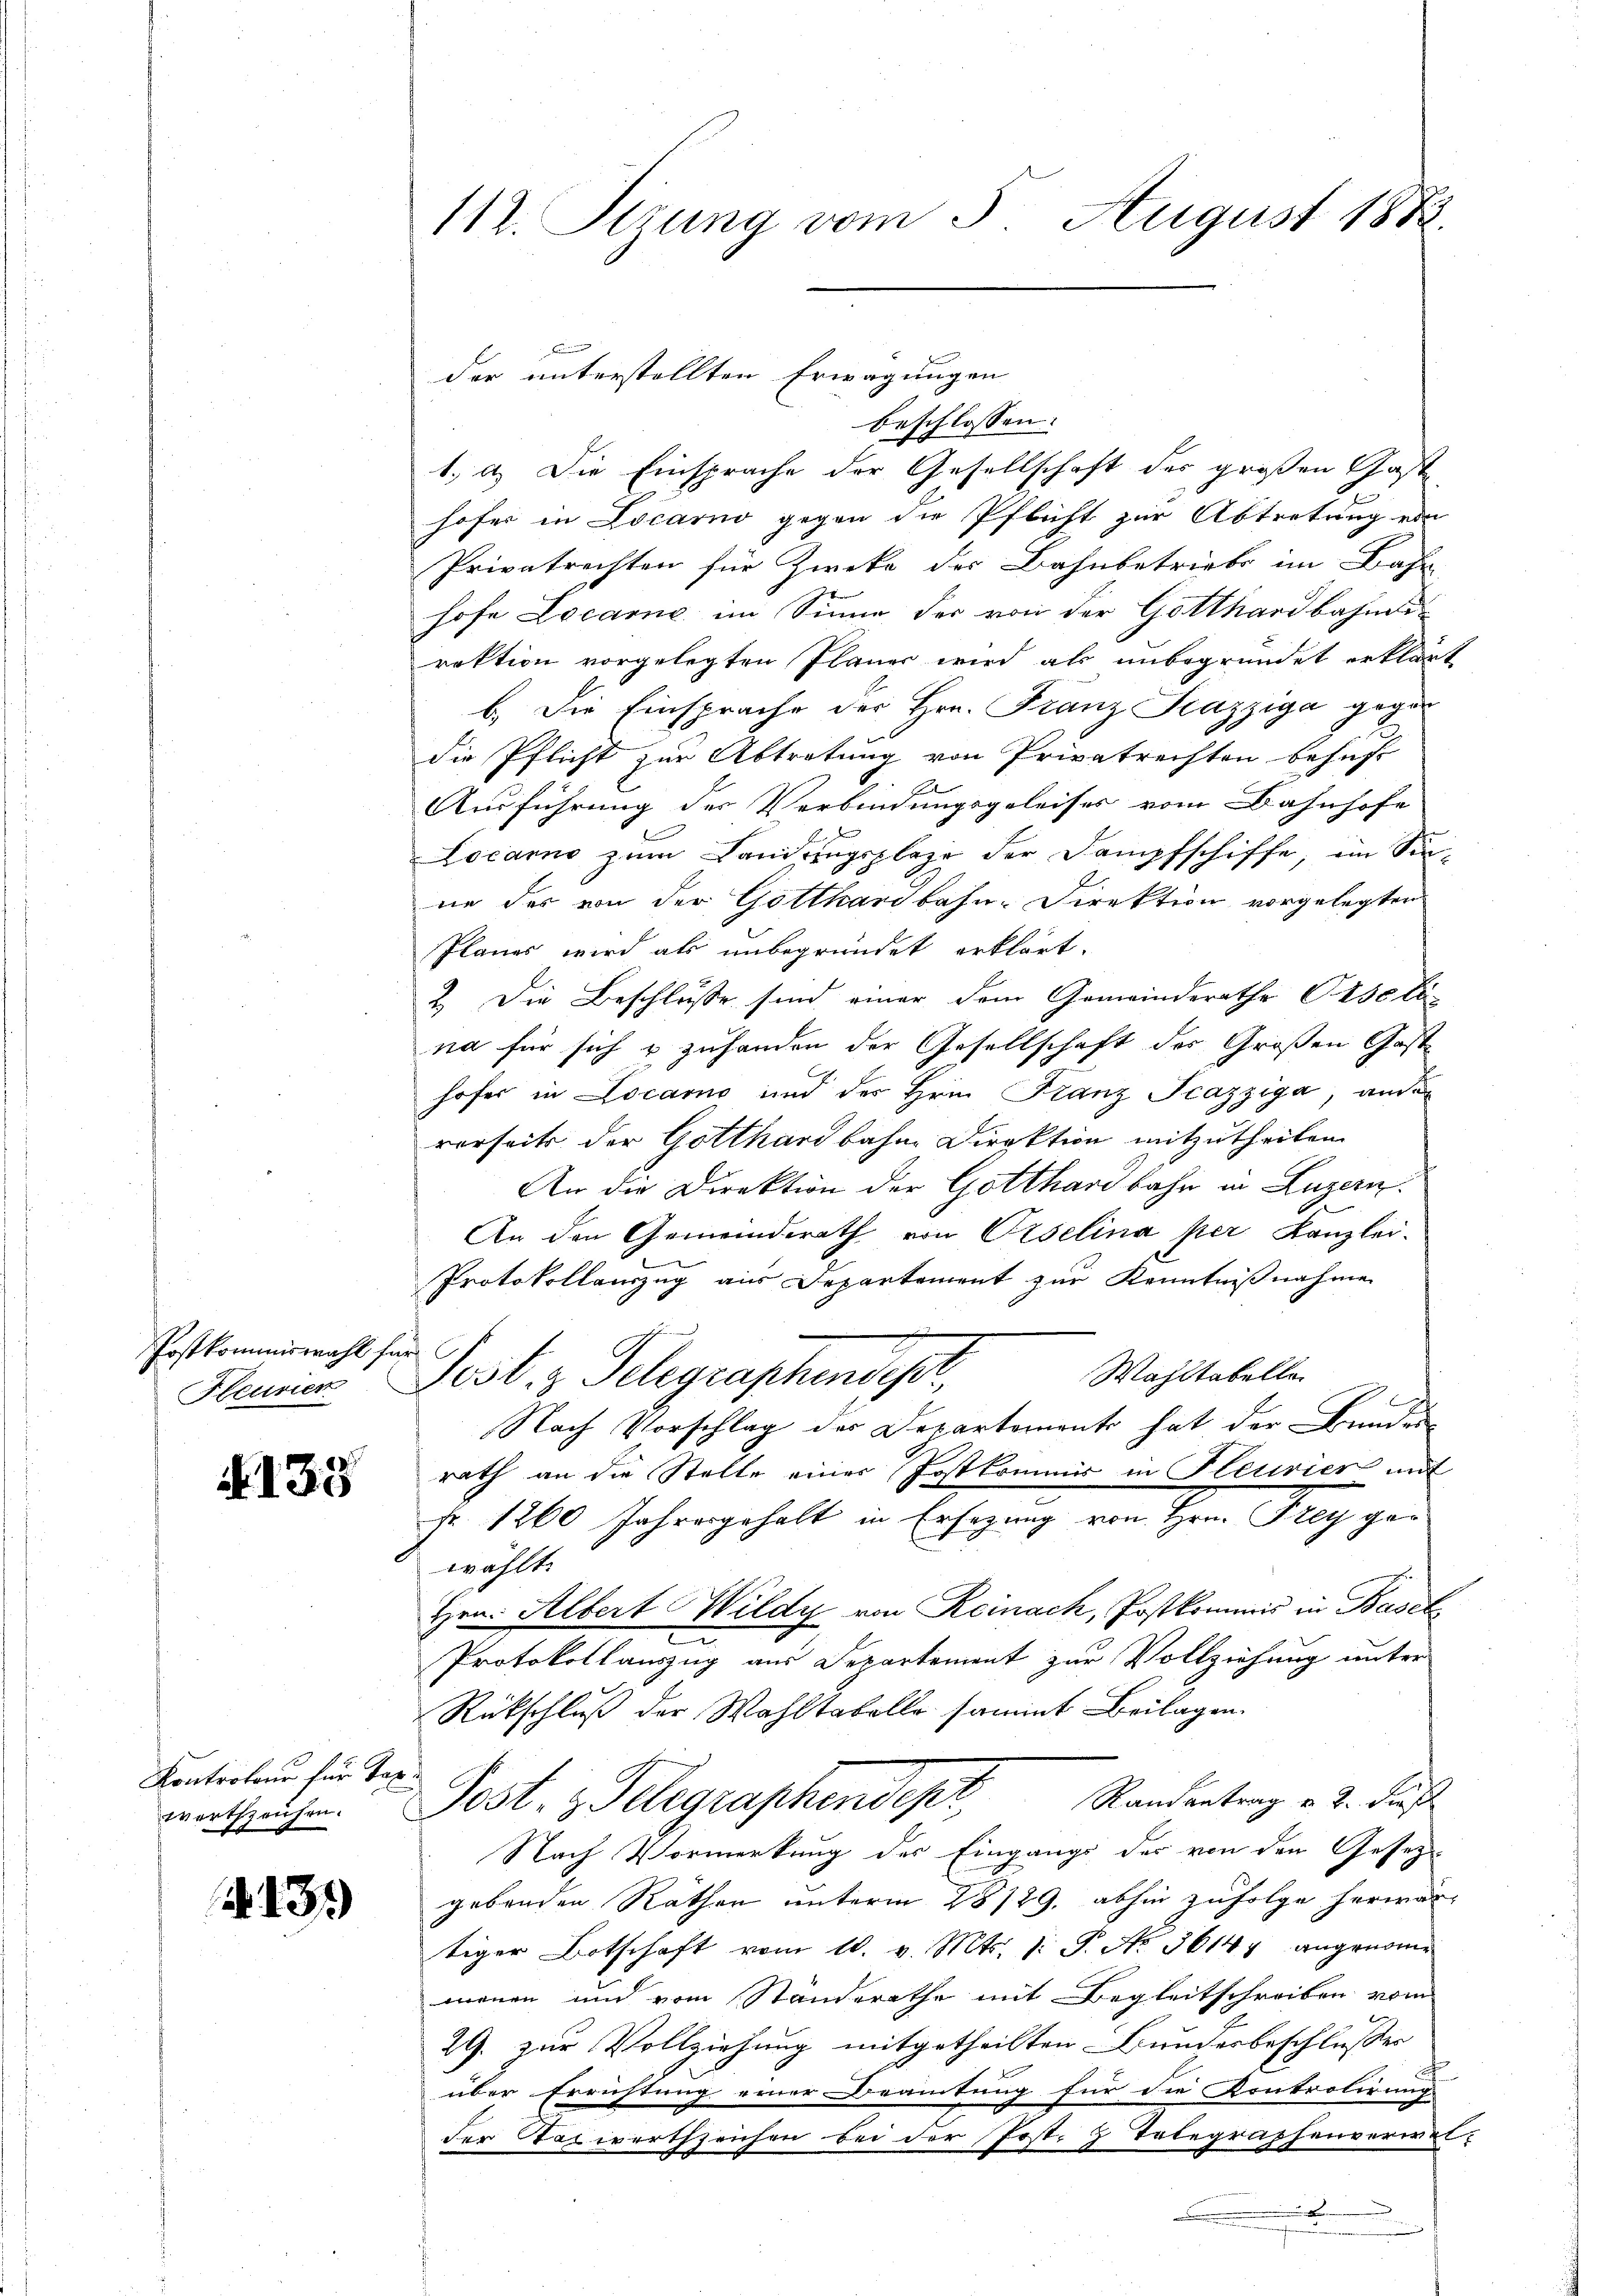
Postkommiswahl für
Hleuser

N. 135

Kontrotour für Tax
wortszeichen.

N. 131

112. Sirung vom 5. August 1882.

beschlossen:
1.) a. Die Einsprache der Gesellschaft der großen Gaste
hofer in Locarno gegen die Pflicht zur Abtretung von
Privatrechten für Zweke des Bahnbetriebs im Bahn
hofe Locare im Sinne der von der Gotthardbahndi
rektion vorgelegten Planer wird als unbegründet erklärt
b. Die Einsprache des Hrn. Franz Kazziga gegen
die Pflicht zur Abtretung von Privatrechten behufs
Ausführung der Verbindungsgeleises vom Bahnhofe
Locarno zum Landungsplaze der Dampfschiffe, ein Sin-
ne des von der Gotthardbahn-Direktion vorgelegten
Planes wird als unbegründet erklärt.
2. Die Beschluße sind einer dem Gemeinderathe Pedeli
na für sich & zuhanden der Gesellschaft des Großen Gasthofer in Locarno und der Hrn. Franz Scazziga, ande
verseits der Gotthardbahn Direktion mitzutheilen.
An die Direktion der Gotthardbahn in Luzern.
An den Gemeinderath von Oeselina per Kanzlei-
r
Protokollauszug aus Departement zur Kenntnißnahme
Wahltabelle
Post. 3. Telegraphendepar
Nach Vorschlag des Departemento hat der Bundes
rath an die Stelle einer Postkommis in Pleurier mit
f. 1260 Jahrgehalt in Ersezung von Herr Prag gewählt.
Hrn. Albert Wildy von Reinach, Postkommis in Basel
Protokollauszug aus Departement zur Vollziehung unter
Rückschluß der Wahltabelle sammt Beilagen.
Post. z. Telegraphendept, Randentrag v. 2. Fuß
Nach Vormerkung der Eingangs der von den Gesezgebenden Räthen unterm 28/29. abhin zufolge herwartiger Botschaft vom 10. v. Mts. 1 S. No. 36144 angenomme
menen und vom Standerathe mit Begleitschreiben vom
29. zur Vollziehung mitgetheilten Bundesbeschlusses
über Errichtung einer Beamtung für die Kontrolirung
der Taxwertzeichen bei der Post.  Telegraphenverwal¬

der unterstellten Erwägungen